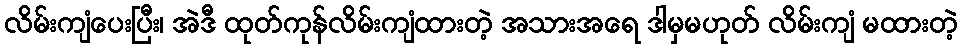
လိမ်းကျံပေးပြီး၊ အဲဒီ ထုတ်ကုန်လိမ်းကျံထားတဲ့ အသားအရေ ဒါမှမဟုတ် လိမ်းကျံ မထားတဲ့